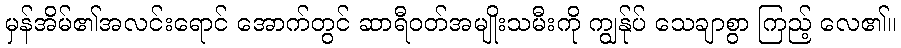
မှန်အိမ်၏အလင်းရောင် အောက်တွင် ဆာရီဝတ်အမျိုးသမီးကို ကျွန်ုပ် သေချာစွာ ကြည့် လေ၏။